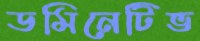
ডমিনেটিভ